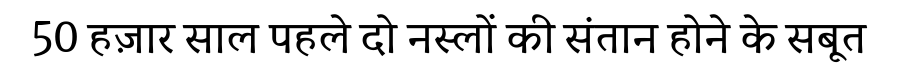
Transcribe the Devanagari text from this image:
50 हज़ार साल पहले दो नस्लों की संतान होने के सबूत